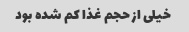
خیلی از حجم غذا کم شده بود